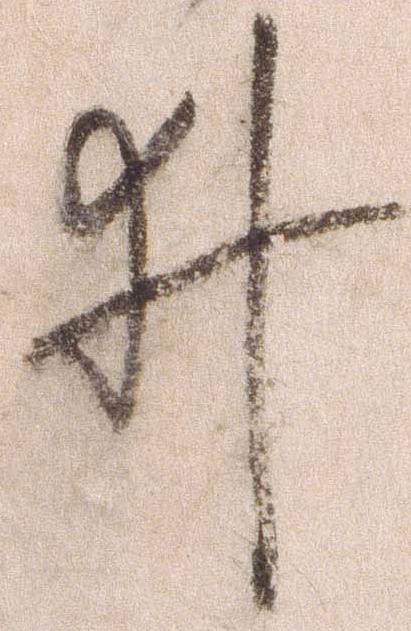
ゐ